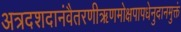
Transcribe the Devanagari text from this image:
अत्रदशदानंवैतरणीऋणमोक्षपापधेनुदानमुक्तं